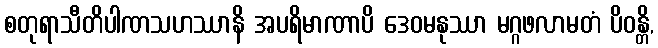
စတုရာသီတိပါဏသဟဿာနိ အပရိမာဏာပိ ဒေဝမနုဿာ မဂ္ဂဖလာမတံ ပိဝန္တိ,